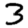
Digit: 3